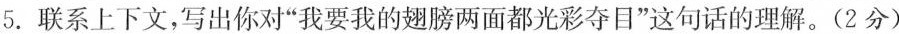
5.联系上下文，写出你对”我要我的翅膀两面都光彩夺目”这句话的理解。(2分)